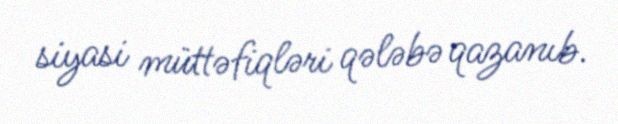
siyasi müttəfiqləri qələbə qazanıb.